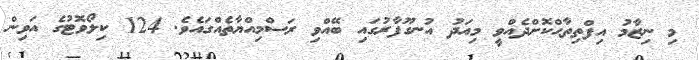
މި ނިޒާމު އިފްތިތާޙްކޮށްދެއްވީ މިއަދު އުނގޫފާރުގައި ބޭއްވި ރަސްމިއްޔާތެއްގައެވެ. 124 ކިލޯވޮޓުގެ އަވިން